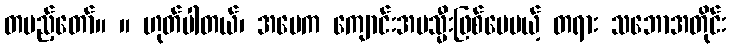
တပည့်တော်။ ။ ဟုတ်ပါတယ်၊ အမေက ကျောင်းအမသ္မီးဖြစ်ပေမယ့် တရား သဘောအတိုင်း